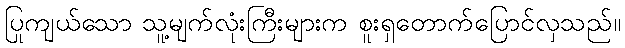
ပြုကျယ်သော သူ့မျက်လုံးကြီးများက စူးရှတောက်ပြောင်လှသည်။